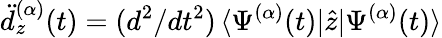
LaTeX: \ddot{d}_{z}^{(\alpha)}(t)=(d^{2}/dt^{2})\, \langle\Psi^{(\alpha)}(t)|\hat{z}|\Psi^{(\alpha)}(t)\rangle